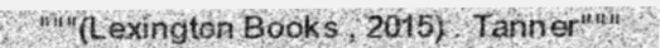
"""(Lexington Books , 2015) . Tanner"""